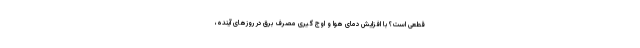
قطعی است؟ با افزایش دمای هوا و اوج گیری مصرف برق در روزهای آینده،